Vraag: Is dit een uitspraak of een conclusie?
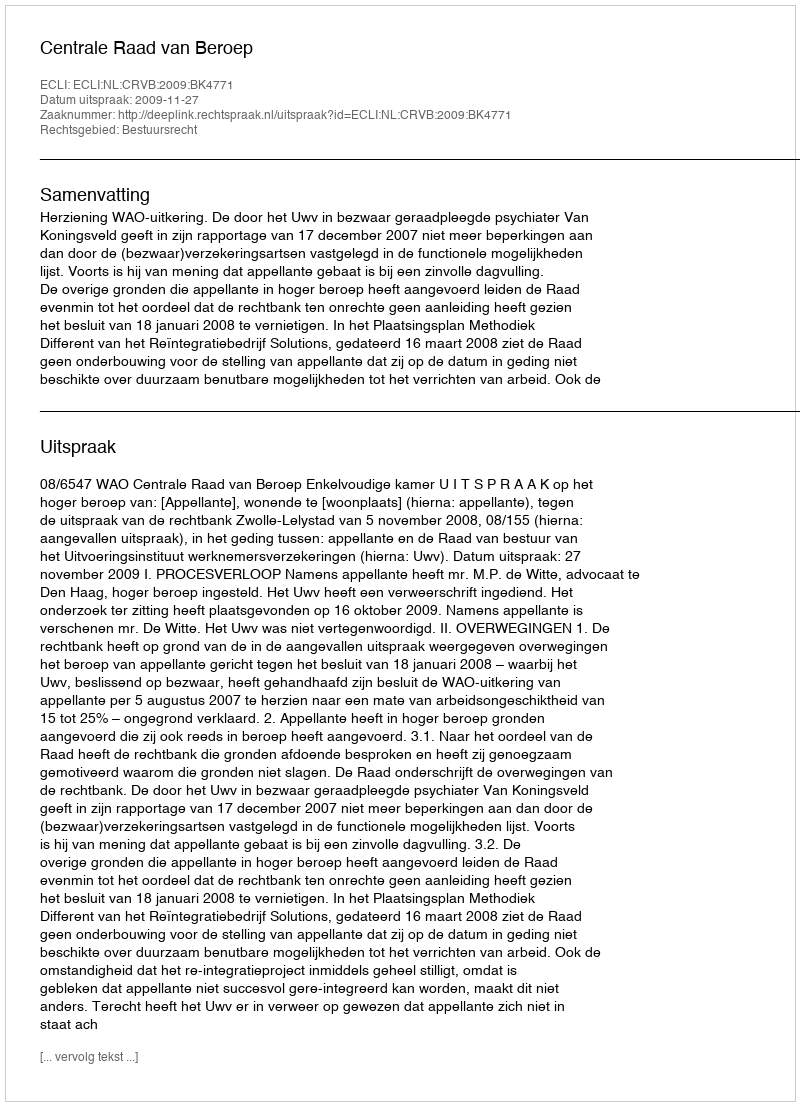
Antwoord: Uitspraak